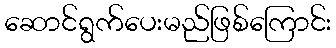
ဆောင်ရွက်ပေးမည်ဖြစ်ကြောင်း